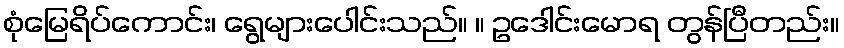
စုံမြေရိပ်ကောင်း၊ ရွေများပေါင်းသည်။ ။ ဥဒေါင်းမောရ တွန်ပြီတည်း။